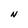
Character: N